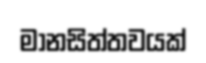
මානසිත්තවයක්